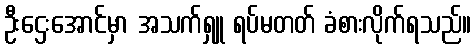
ဦးဌေးအောင်မှာ အသက်ရှူ ရပ်မတတ် ခံစားလိုက်ရသည်။